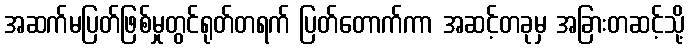
အဆက်မပြတ်ဖြစ်မှုတွင်ရုတ်တရက် ပြတ်တောက်ကာ အဆင့်တခုမှ အခြားတဆင့်သို့